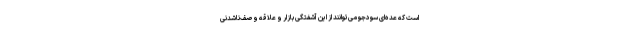
است که عده‌ای سودجو می‌توانند از این آشفتگی بازار و علاقه وصف‌ناشدنی